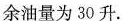
余油量为30升。